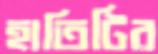
হাতিটির